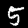
Digit: 5